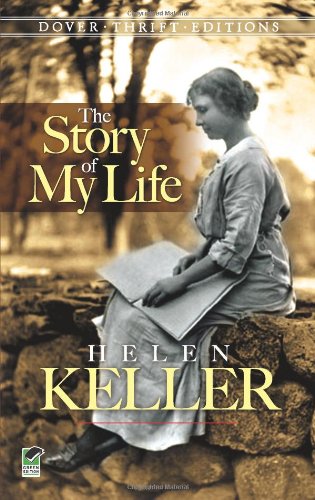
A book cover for Helen Keller: The Story of My Life (Dover Thrift Editions); Helen Keller; Biographies & Memoirs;